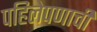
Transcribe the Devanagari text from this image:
पहिलेपणाची